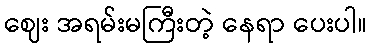
ဈေး အရမ်းမကြီးတဲ့ နေရာ ပေးပါ။